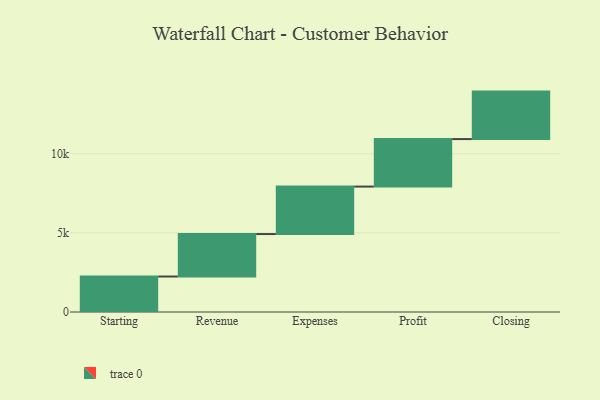
{"axis": {"x": "Step", "y": "Value"}, "legend": [""], "data": [{"x": "Starting", "y": 2242.0, "type": ""}, {"x": "Revenue", "y": 2683.0, "type": ""}, {"x": "Expenses", "y": 3000, "type": ""}, {"x": "Profit", "y": 3000, "type": ""}, {"x": "Closing", "y": 3000, "type": ""}]}